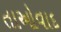
તાઓવાદ